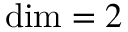
\mathrm { d i m } = 2